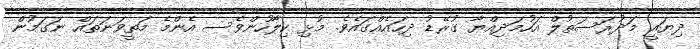
ދިޔައީ މަދުރަސަތުލް އަހުމަދިއްޔާ ގުރޭޑު ދިހައެއްގައެވެ. މުޅި ކިލާހުންވެސ އެންމެ މަތީވަނަތައް ނަގަމުން